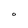
Character: O